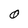
Character: O